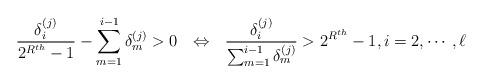
LaTeX: \begin{align*} \frac{\delta_{i}^{(j)}}{2^{R^{th}}-1} - \sum_{m=1}^{i-1} \delta_{m}^{(j)} > 0 ~~ \Leftrightarrow ~~ \frac{\delta_{i}^{(j)}}{ \sum_{m=1}^{i-1} \delta_{m}^{(j)}} > 2^{R^{th}}-1, i = 2, \cdots, \ell \end{align*}